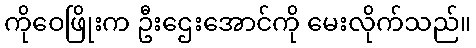
ကိုဝေဖြိုးက ဦးဌေးအောင်ကို မေးလိုက်သည်။